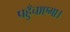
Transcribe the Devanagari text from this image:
पहुँचाएगा।